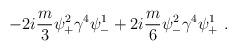
LaTeX: \begin{align*}-2i \frac{m}{3} \psi^2_+ \gamma^4 \psi^1_-+2i \frac{m}{6} \psi^2_- \gamma^4 \psi^1_+ ~.\end{align*}